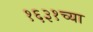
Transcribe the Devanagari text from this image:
१६३१च्या